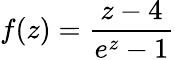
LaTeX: f(z)={\frac{z-4}{e^{z}-1}}